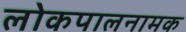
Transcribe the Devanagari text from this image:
लोकपालनामक